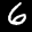
Label: 6